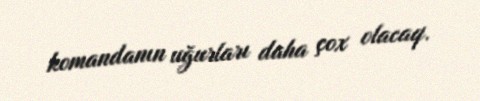
komandanın uğurları daha çox olacaq.